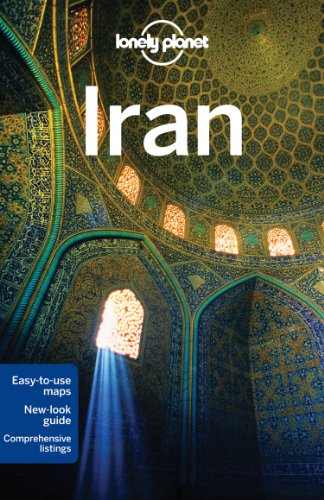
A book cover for Lonely Planet Iran (Travel Guide); Lonely Planet; Travel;